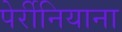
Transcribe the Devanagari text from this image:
पेर्रीनियाना